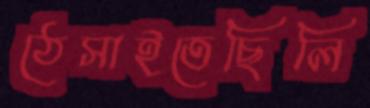
ঠেসাইতেছিলি